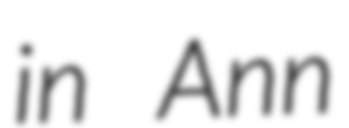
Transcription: in Ann